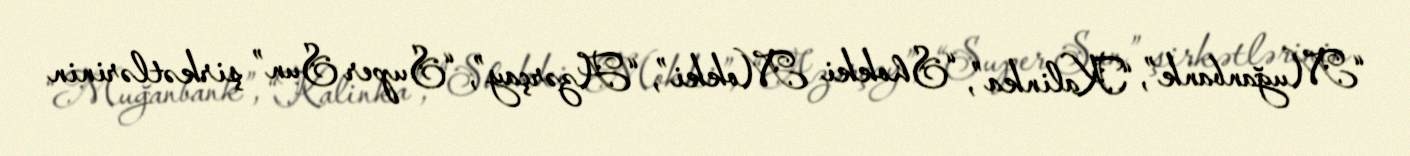
“Muğanbank”, “Kalinka”, “Shokki Mokki”, “Azərçay”, “Super Sun” şirkətlərinin